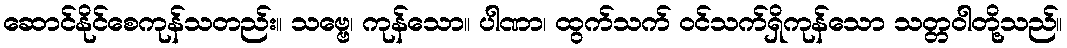
ဆောင်နိုင်စေကုန်သတည်း။ သဗ္ဗေ၊ ကုန်သော။ ပါဏာ၊ ထွက်သက် ဝင်သက်ရှိကုန်သော သတ္တဝါတို့သည်။